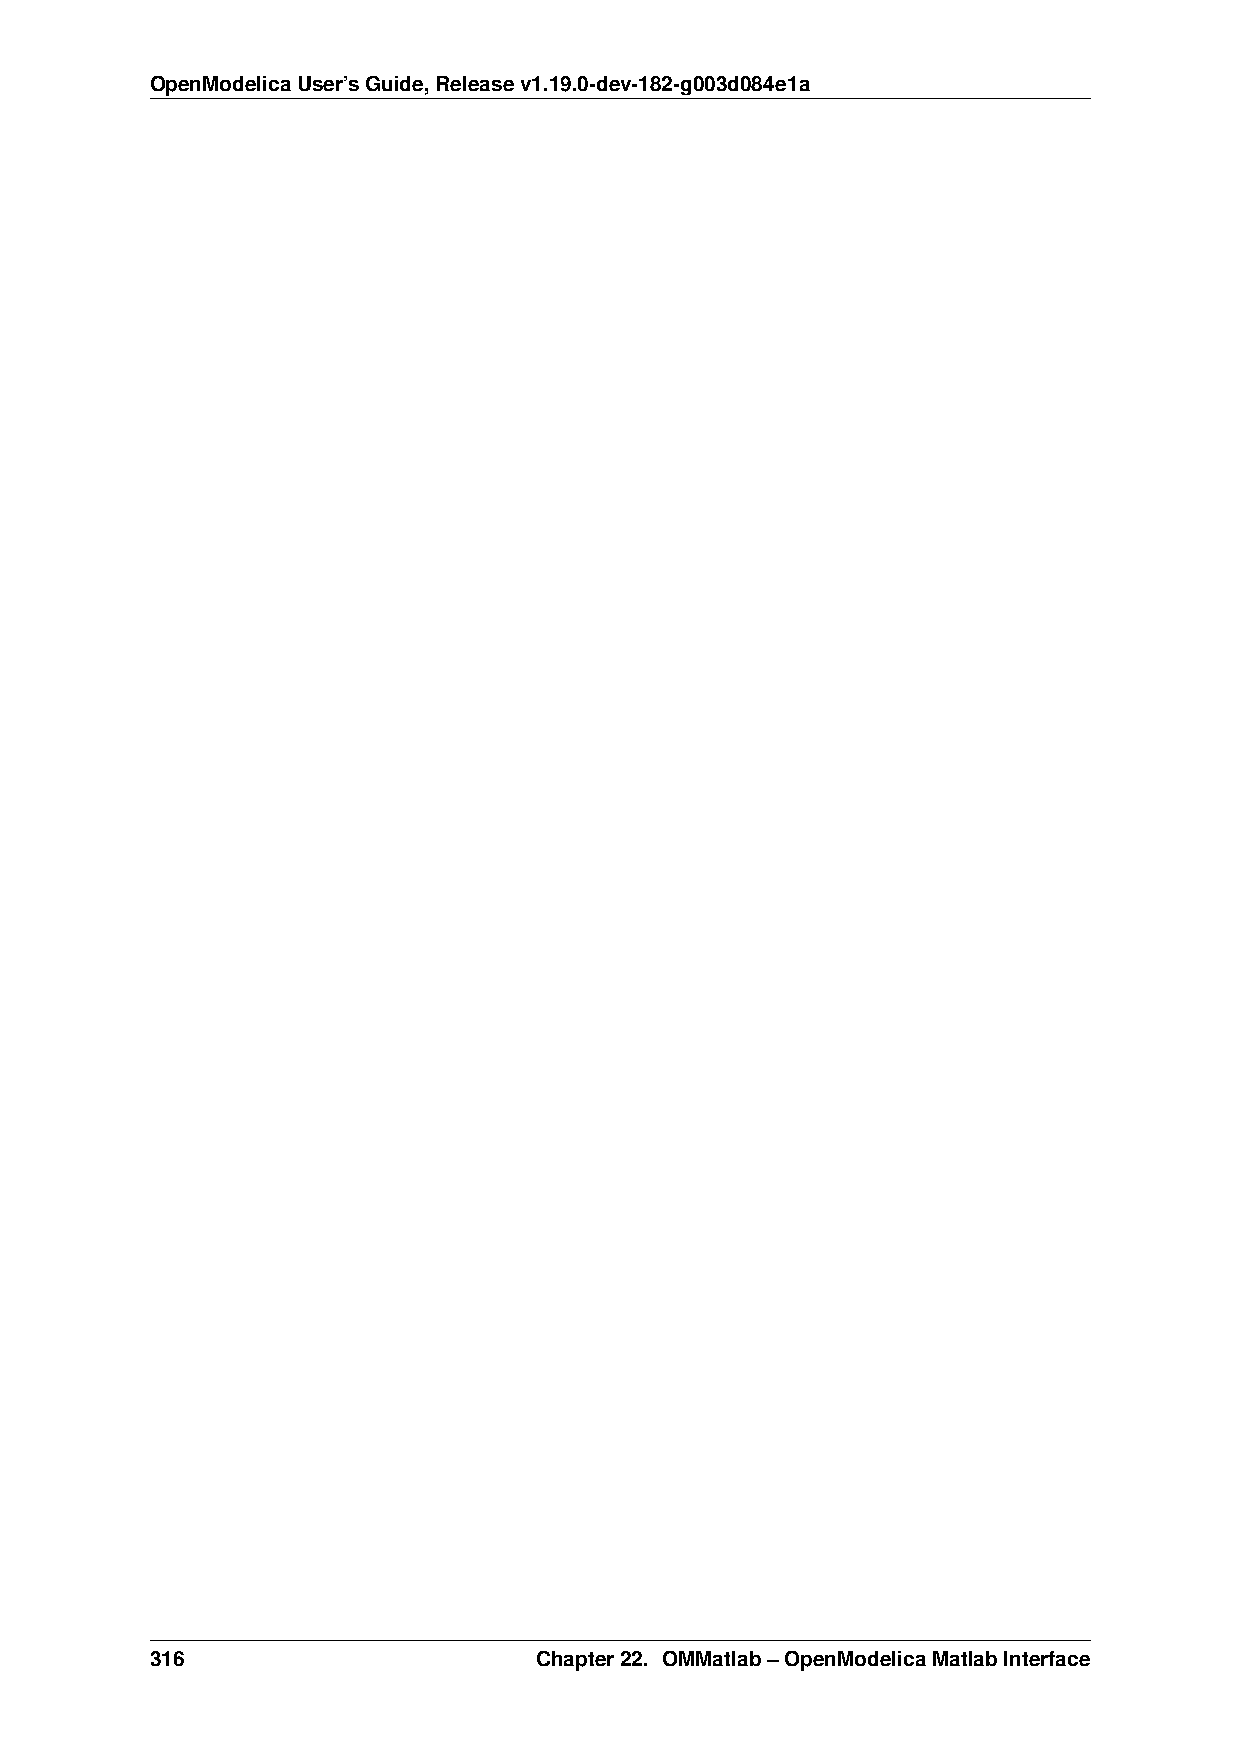
OpenModelicaUser’sGuide,Releasev1.19.0-dev-182-g003d084e1a
 316                       Chapter22. OMMatlab–OpenModelicaMatlabInterface